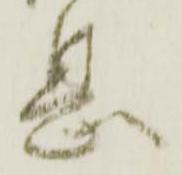
息